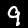
Digit: 9